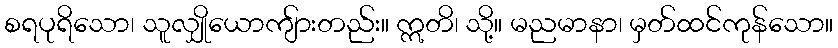
စရပုရိသော၊ သူလျှိုယောကျ်ားတည်း။ ဣတိ၊ သို့။ မညမာနာ၊ မှတ်ထင်ကုန်သော။